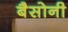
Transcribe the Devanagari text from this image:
बैसोनी